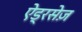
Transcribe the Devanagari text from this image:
ऐड्रसेज़